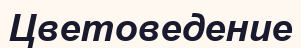
Цветоведение